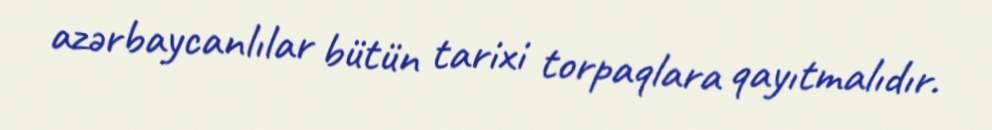
azərbaycanlılar bütün tarixi torpaqlara qayıtmalıdır.